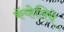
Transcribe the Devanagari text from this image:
कॅव्हेलिये